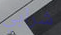
شرابي